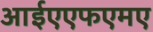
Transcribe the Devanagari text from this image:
आईएएफएमए